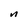
Character: n